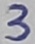
Text: 3